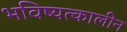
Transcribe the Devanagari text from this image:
भविष्यत्कालीन